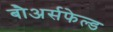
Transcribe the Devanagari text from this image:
बौअर्सफेल्ड